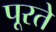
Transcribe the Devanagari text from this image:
पूरते